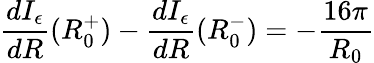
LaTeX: \frac{dI_{\epsilon}}{dR}(R_{0}^{+})-\frac{dI_{\epsilon}}{dR}(R_{0}^{-})=-\frac{16\pi}{R_{0}}